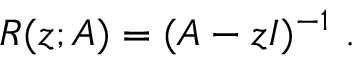
R ( z ; A ) = ( A - z I ) ^ { - 1 } ~ .